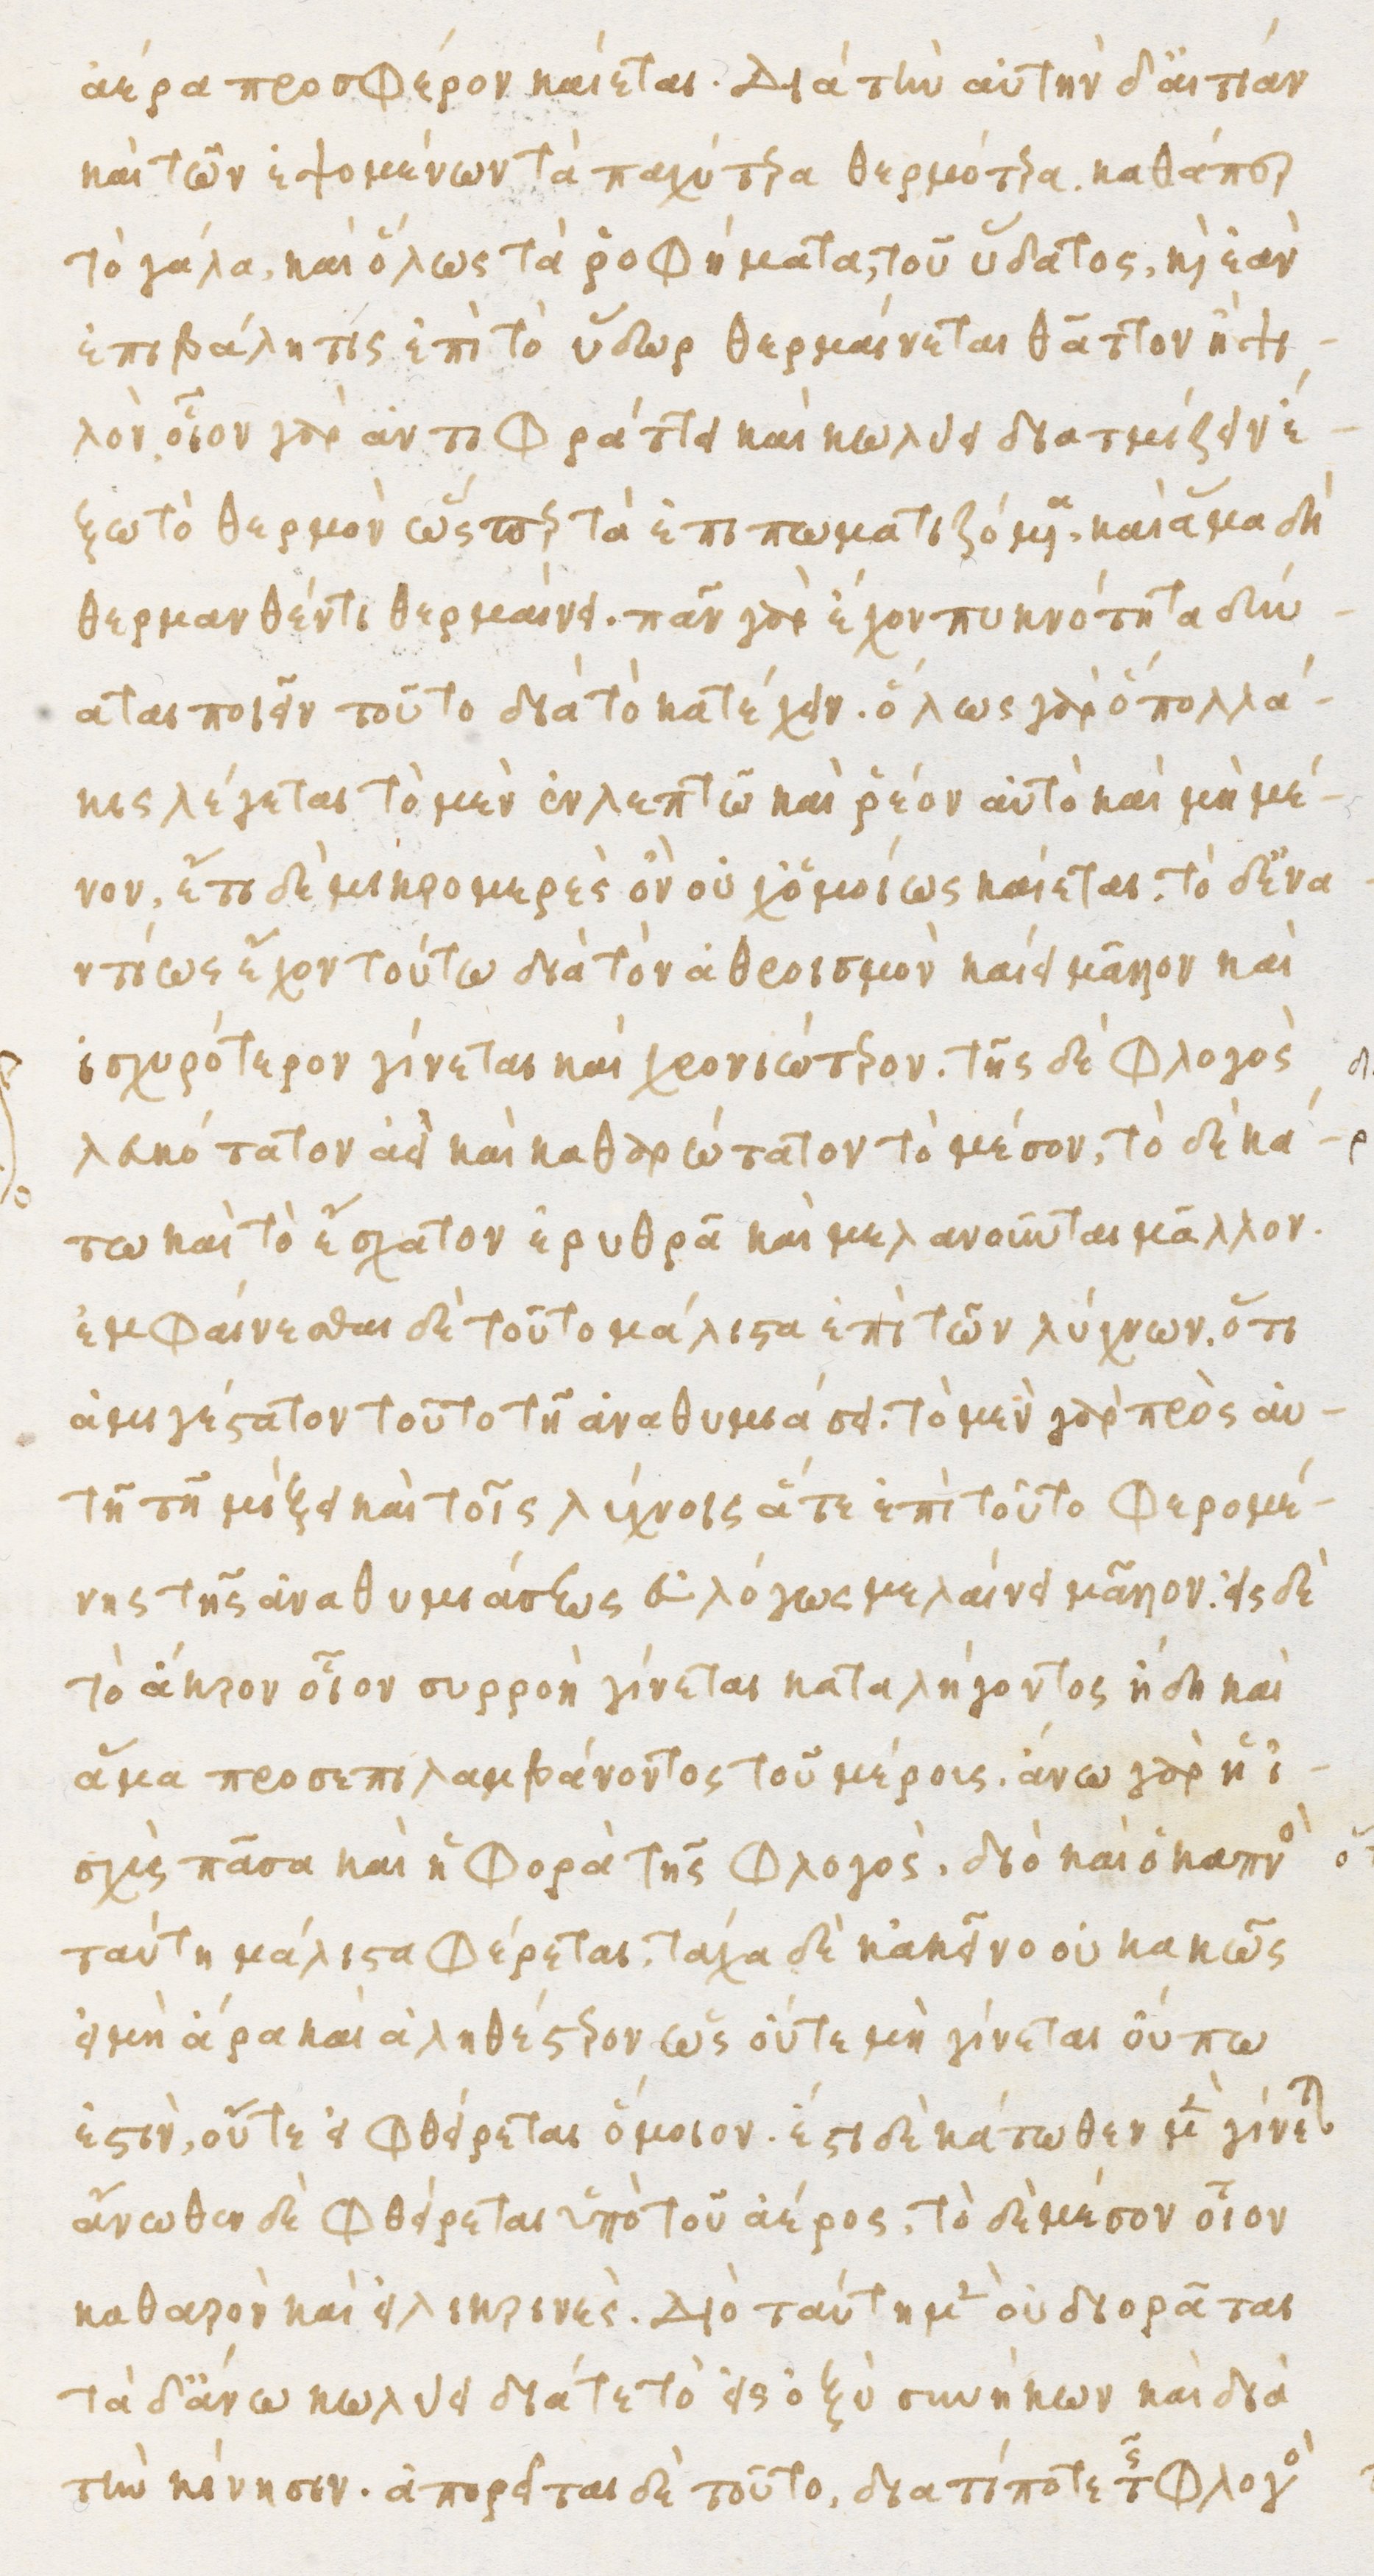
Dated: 1480–1497